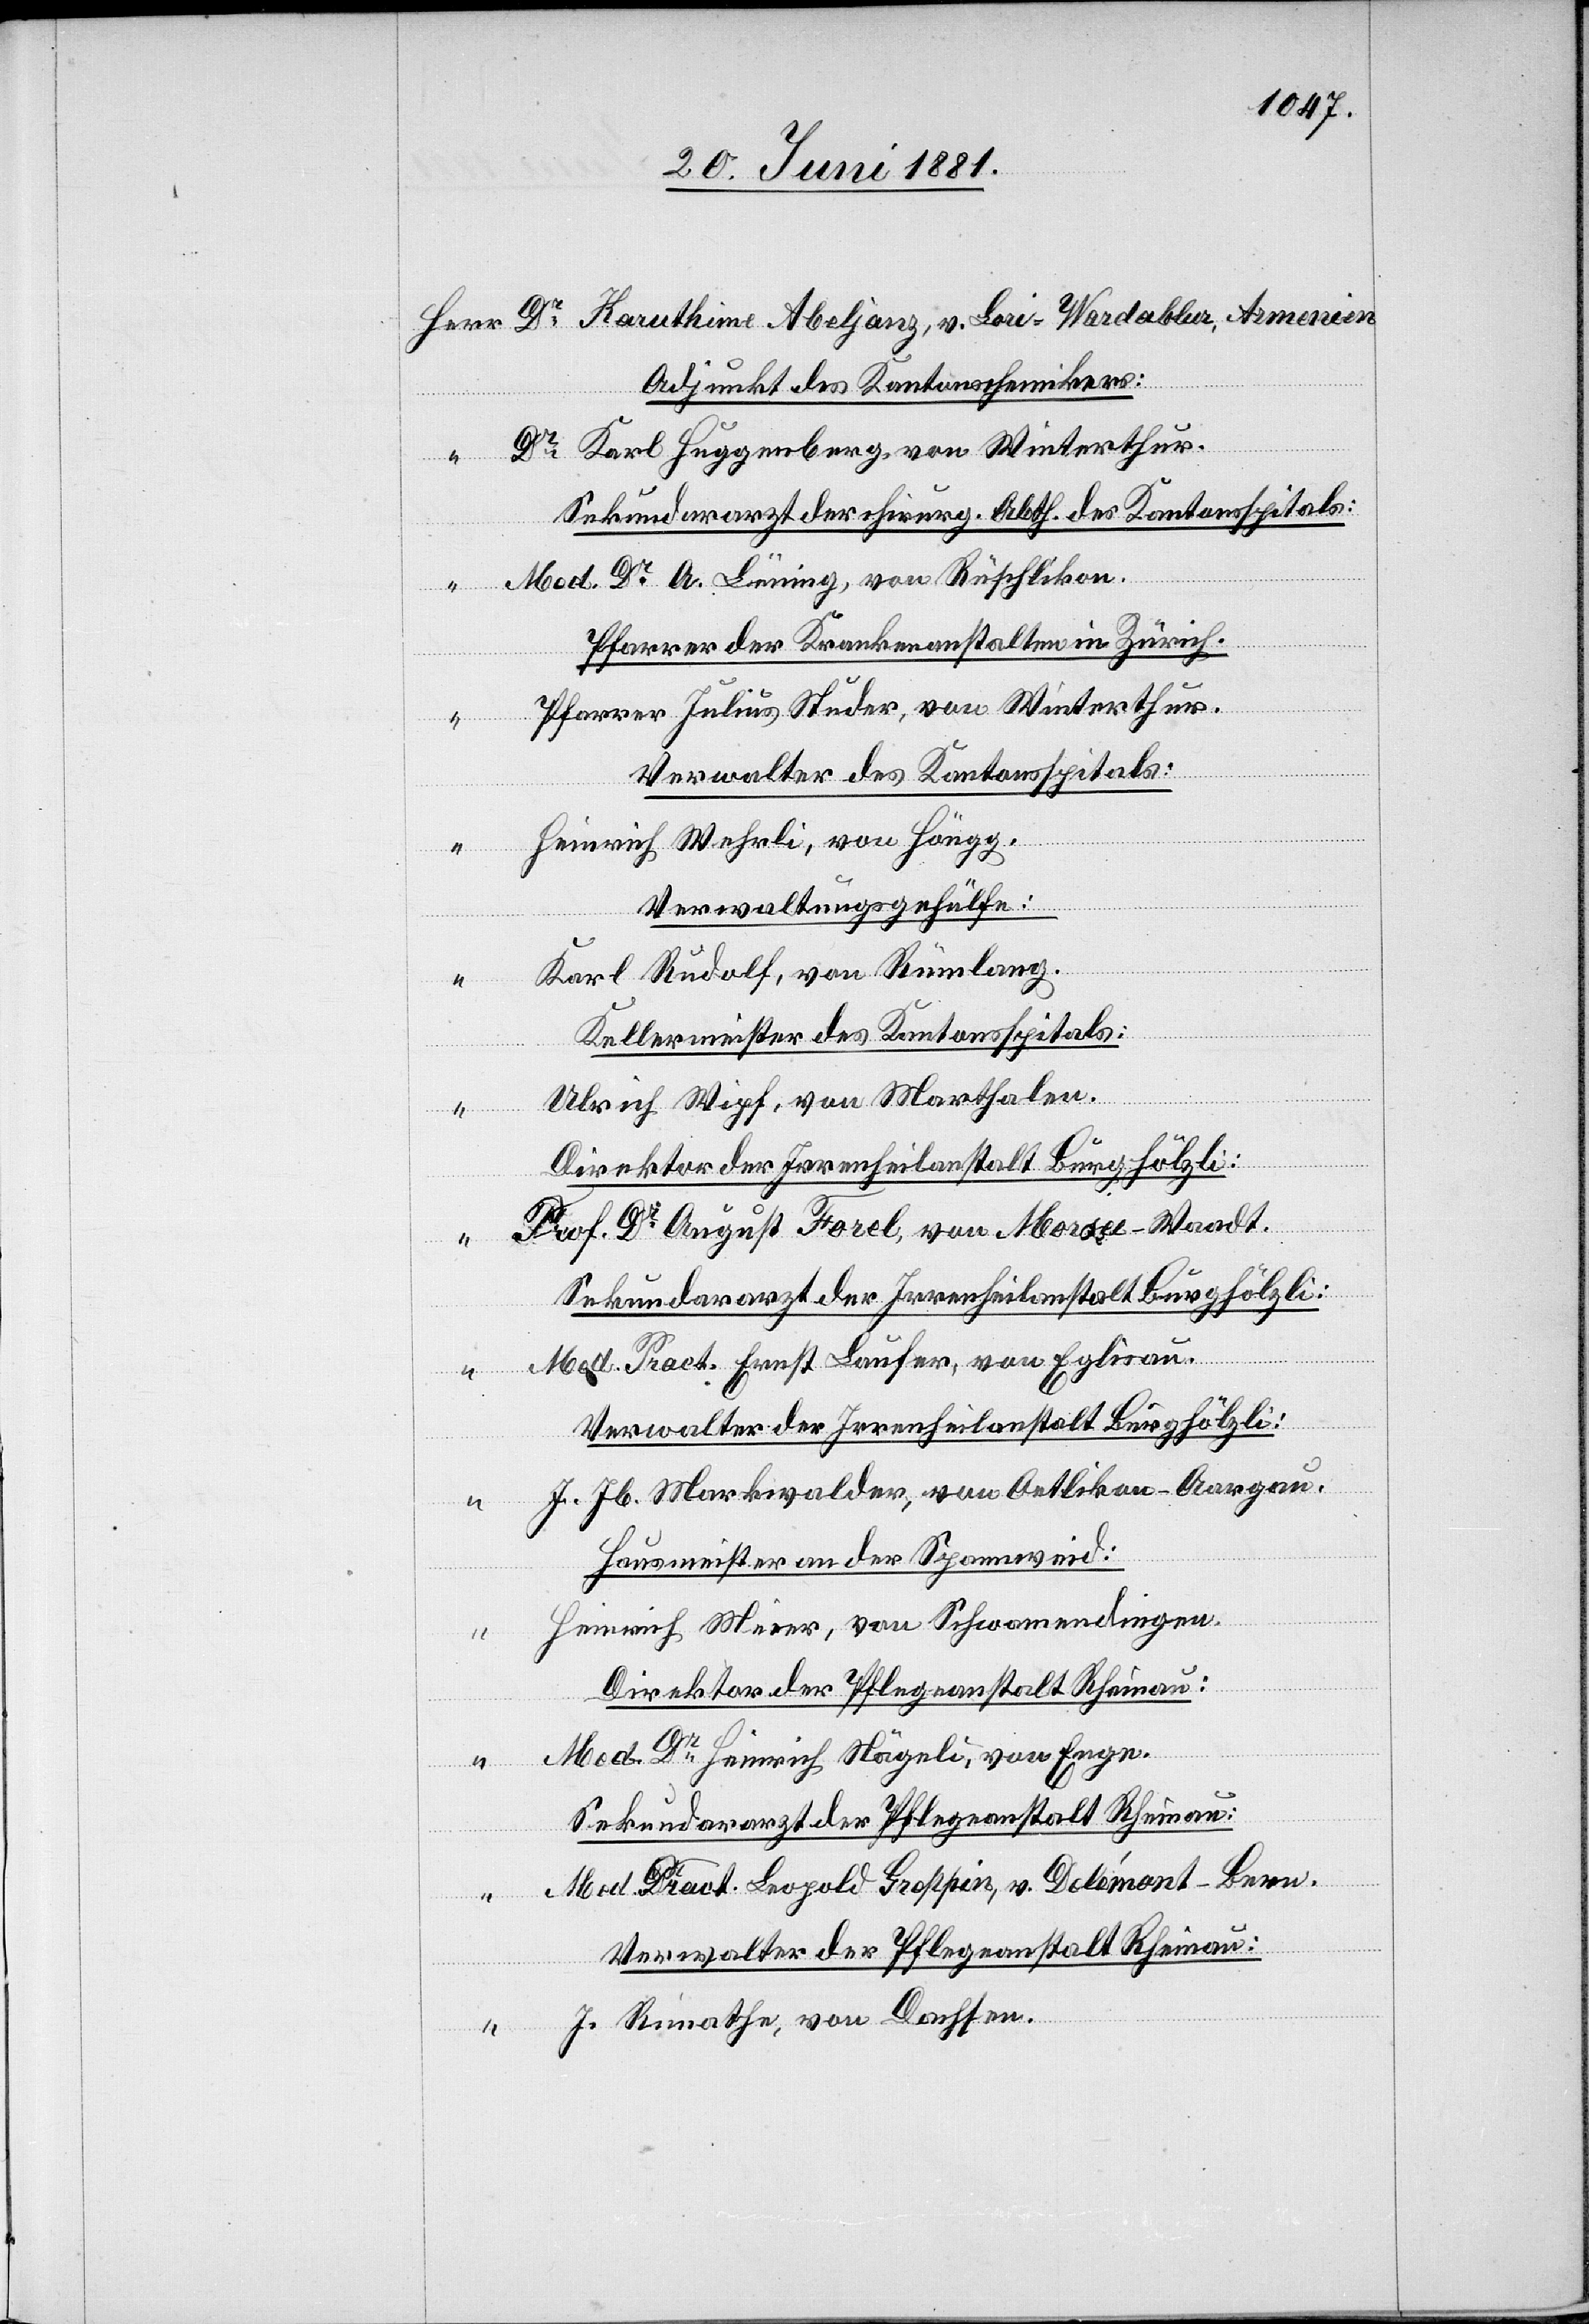
Adjunkt des Kantonschemikers:
Dr Karl Heggenberg von Winterthur.
Sekundararzt der chirurg. Abth. des Kantonsspitals:
Med. Dr A. Lüning, von Rüschlikon.
Pfarrer der Krankenanstalten in Zürich.
Pfarrer Julius Studer, von Winterthur.
Verwalter des Kantonsspitals:
Heinrich Wehrli, von Höngg,
Verwaltungsgehülfe:
Karl Rudolf, von Rümlang.
Kellermeister des Kantonsspitals:
Ulrich Wipf, von Marthalen.
Armenien
Direktor der Irrenheilanstalt Burghölzli:
Prof. Dr August Forel, von Mor[?ges] - Waadt.
Sekundararzt der Irrenheilanstalt Burghölzli:
Med. Pract. Ernst Laufer, von Eglisau.
Verwalter der Irrenheilanstalt Burghölzli:
J. Jb. Markwalder, von Oetlikon - Aargau.
Hausmeister an der Spannweid:
Heinrich Meier, von Schwamendingen.
Direktor der Pflegeanstalt Rheinau:
Med. Dr Heinrich Nägeli, von Enge.
Sekundararzt der Pflegeanstalt Rheinau:
Med. Pract. Leopold [?Großpin], v. Delémont - Bern.
Verwalter der Pflegeanstalt Rheinau:
J. Rimathe, von Dachsen.
Wardablur,